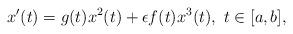
LaTeX: \begin{align*}x'(t)=g(t)x^2(t)+\epsilon f(t)x^3(t), \,\, t \in [a,b],\end{align*}